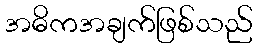
အဓိကအချက်ဖြစ်သည်